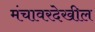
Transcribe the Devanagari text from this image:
मंचावरदेखील